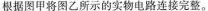
根据图甲将图乙所示的实物电路连接完整。